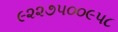
૯૨૨૭૫૦૦૯૫૮